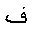
Letter: _fa